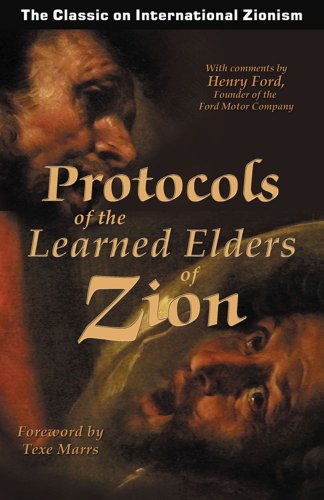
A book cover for Protocols of the Learned Elders of Zion; Religion & Spirituality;